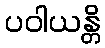
ပဝါယန္တိ